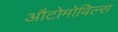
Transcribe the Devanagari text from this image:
औटोमोविल्स